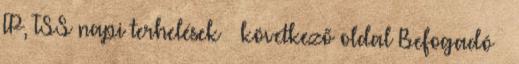
TP, TSS napi terhelések – következő oldal Befogadó –